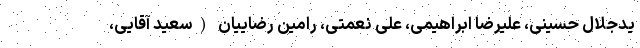
یدجلال حسینی، علیرضا ابراهیمی، علی نعمتی، رامین رضاییان (سعید آقایی،